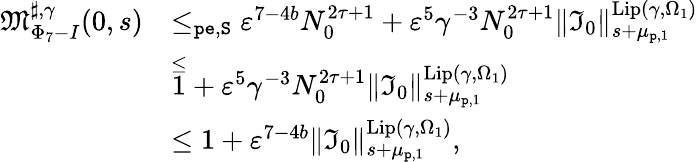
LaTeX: \begin{array}{rl}{\mathfrak{M}_{\Phi_{7}-I}^{\sharp,\gamma}(0,s)}&{\le_{\mathtt{pe},\mathtt{S}}\varepsilon^{7-4b}N_{0}^{2\tau+1}+\varepsilon^{5}\gamma^{-3}N_{0}^{2\tau+1}\rVert\mathfrak{I}_{0}\rVert_{s+\mu_{\mathtt{p},1}}^{\mathrm{Lip}(\gamma,\Omega_{1})}}\\ &{\overset\le 1+\varepsilon^{5}\gamma^{-3}N_{0}^{2\tau+1}\rVert\mathfrak{I}_{0}\rVert_{s+\mu_{\mathtt{p},1}}^{\mathrm{Lip}(\gamma,\Omega_{1})}}\\ &{\le 1+\varepsilon^{7-4b}\rVert\mathfrak{I}_{0}\rVert_{s+\mu_{\mathtt{p},1}}^{\mathrm{Lip}(\gamma,\Omega_{1})},}\end{array}